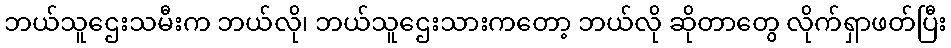
ဘယ်သူဌေးသမီးက ဘယ်လို၊ ဘယ်သူဌေးသားကတော့ ဘယ်လို ဆိုတာတွေ လိုက်ရှာဖတ်ပြီး